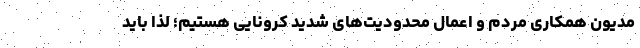
مدیون همکاری مردم و اعمال محدودیت‌های شدید کرونایی هستیم؛ لذا باید